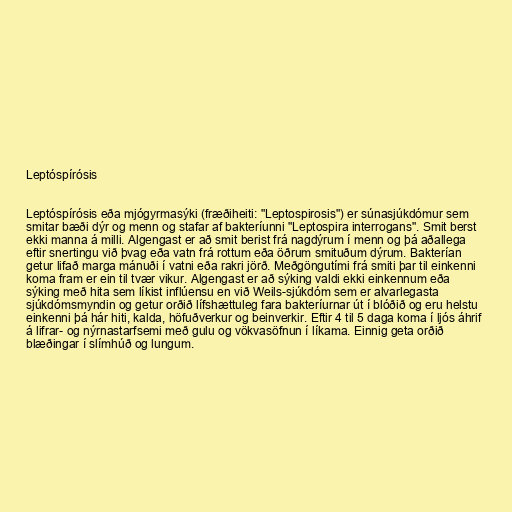
Leptóspírósis

Leptóspírósis eða mjógyrmasýki (fræðiheiti: "Leptospirosis") er súnasjúkdómur sem
smitar bæði dýr og menn og stafar af bakteríunni "Leptospira interrogans". Smit berst
ekki manna á milli. Algengast er að smit berist frá nagdýrum í menn og þá aðallega
eftir snertingu við þvag eða vatn frá rottum eða öðrum smituðum dýrum. Bakterían
getur lifað marga mánuði í vatni eða rakri jörð. Meðgöngutími frá smiti þar til einkenni
koma fram er ein til tvær vikur. Algengast er að sýking valdi ekki einkennum eða
sýking með hita sem líkist inflúensu en við Weils-sjúkdóm sem er alvarlegasta
sjúkdómsmyndin og getur orðið lífshættuleg fara bakteríurnar út í blóðið og eru helstu
einkenni þá hár hiti, kalda, höfuðverkur og beinverkir. Eftir 4 til 5 daga koma í ljós áhrif
á lifrar- og nýrnastarfsemi með gulu og vökvasöfnun í líkama. Einnig geta orðið
blæðingar í slímhúð og lungum.